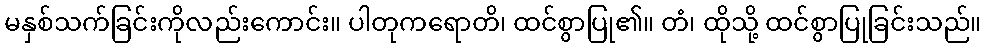
မနှစ်သက်ခြင်းကိုလည်းကောင်း။ ပါတုကရောတိ၊ ထင်စွာပြု၏။ တံ၊ ထိုသို့ ထင်စွာပြုခြင်းသည်။